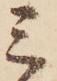
ミ